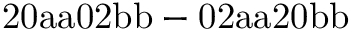
\mathrm { 2 0 a a 0 2 b b - 0 2 a a 2 0 b b }